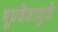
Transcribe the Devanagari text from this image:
भूप्रदेशामुळे